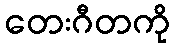
တေးဂီတကို